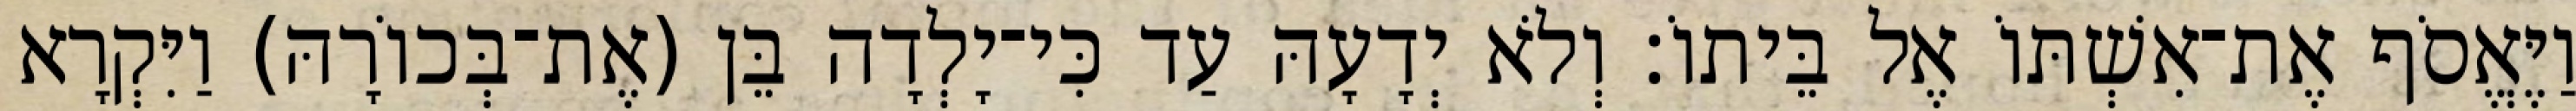
וַיֶּאֱסֹף אֶת־אִשְׁתּוֹ אֶל בֵּיתוֹ׃ וְלֹא יְדָעָהּ עַד כִּי־יָלְדָה בֵּן (אֶת־בְּכוֹרָהּ) וַיִּקְרָא